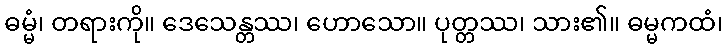
ဓမ္မံ၊ တရားကို။ ဒေသေန္တဿ၊ ဟောသော။ ပုတ္တဿ၊ သား၏။ ဓမ္မကထံ၊